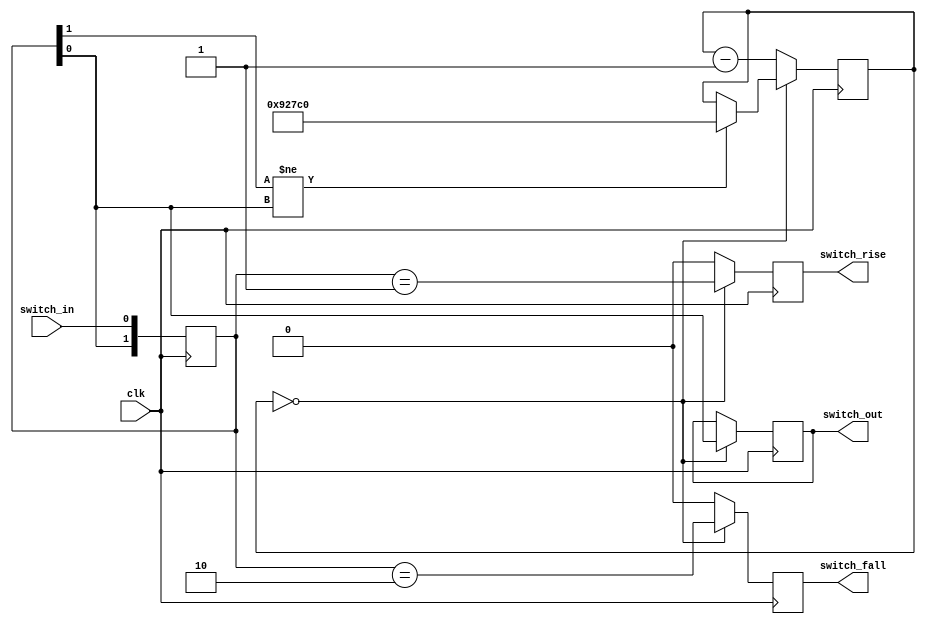
module debounce
#(
	parameter bounce_limit = 600000
)
(
	input clk,
	input switch_in,
	output reg switch_out,
	output reg switch_rise,
	output reg switch_fall
);



reg [$clog2(bounce_limit):0] bounce_count = 0;

reg [1:0] switch_shift = 0;
always @(posedge clk)
	switch_shift <= {switch_shift,switch_in};

always @(posedge clk)
begin
	if (bounce_count == 0)
	begin
		switch_rise <= switch_shift == 2'b01;
		switch_fall <= switch_shift == 2'b10;
		switch_out <= switch_shift[0];
		if (switch_shift[1] != switch_shift[0])
			bounce_count <= bounce_limit;
	end
	else
	begin
		switch_rise <= 0;
		switch_fall <= 0;
		bounce_count <= bounce_count-1;
	end
end




endmodule